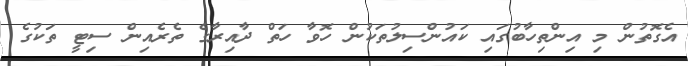
އެގޮތުން މި އިންތިހާބުގައި ކައުންސިލުތަކުން ހޮވާ ހަތް ދާއިރާގެ ތެރެއިން ސިޓީ ތަކުގެ